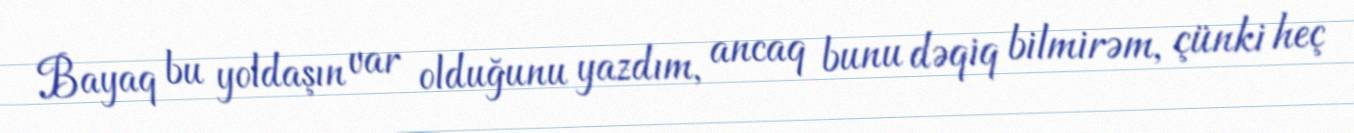
Bayaq bu yoldaşın var olduğunu yazdım, ancaq bunu dəqiq bilmirəm, çünki heç